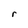
Character: r